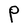
Character: P